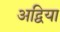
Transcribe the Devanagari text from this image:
अद्विया